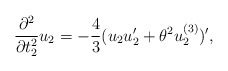
\begin{align*}\frac{\partial^{2}}{\partial t^{2}_{2}} u_2=-\frac{4}{3}(u_{2}u'_{2} + {\theta}^{2}u_{2}^{(3)})',\end{align*}